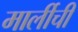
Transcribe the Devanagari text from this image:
मार्लीची